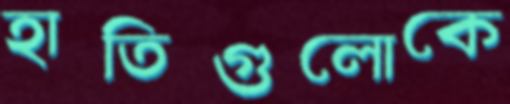
হাতিগুলোকে